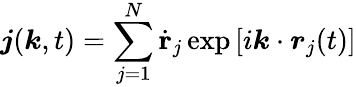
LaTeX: \boldsymbol{j}(\boldsymbol{k},t)=\sum_{j=1}^{N}\dot{\mathbf{r}}_{j}\exp\left[i\boldsymbol{k}\cdot\boldsymbol{r}_{j}(t)\right]